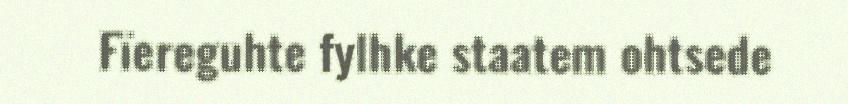
Fïereguhte fylhke staatem ohtsede